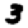
Digit: 3